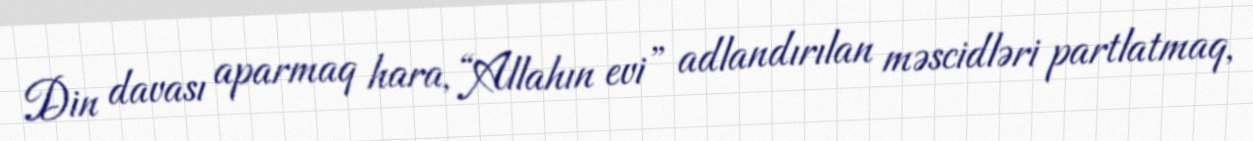
Din davası aparmaq hara, “Allahın evi” adlandırılan məscidləri partlatmaq,